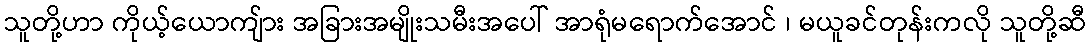
သူတို့ဟာ ကိုယ့်ယောကျ်ား အခြားအမျိုးသမီးအပေါ် အာရုံမရောက်အောင် ၊ မယူခင်တုန်းကလို သူတို့ဆီ